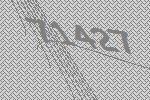
71427